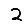
Digit: 2